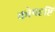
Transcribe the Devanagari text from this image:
कोपदृष्टि